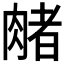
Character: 𬛃